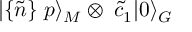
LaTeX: | \{ \tilde { n } \} \; p \rangle _ { M } \otimes \; \tilde { c } _ { 1 } | 0 \rangle _ { G }